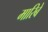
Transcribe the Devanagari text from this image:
मारिबे